Medical and sanitary report of the native army of Madras for the year
Year: 1876
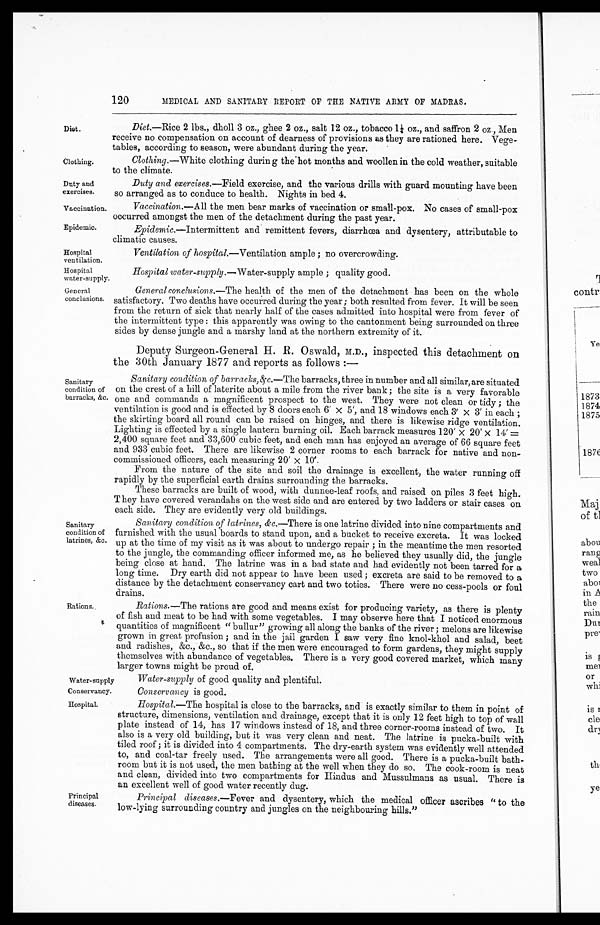
Clothing.
Duty and
exercises.
Vaccination.
Epidemic.
Hospital
ventilation.
Hospital
water-supply.
General
conclusions.
120
MEDICAL AND SANITARY REPORT OF THE NATIVE ARMY OF MADRAS.
Diet.
Diet.—Rice 2 lbs., dholl 3 oz., ghee 2 oz., salt 12 oz., tobacco 1¼ oz., and saffron 2 oz. Men
receive no compensation on account of dearness of provisions as they are rationed here. Vege
-tables, according to season, were abundant during the year.
Clothing. —White clothing durin g the hotmonths and woollen in the cold weather, suitable
to the climate.
Duty and exercises.—Field exercise, and the various drills with guard mounting have been
so arranged as to conduce to health. Nights in bed 4.
Vaccination.— All the men bear marks of vaccination or small-pox. No cases of small-pox
occurred amongst the men of the detachment during the past year.
Epidemic. —Intermittent and remittent fevers, diarrhœa and dysentery, attributable to
climatic causes.
Ventilation of hospital. —Ventilation ample; no overcrowding.
Sanitary
condition of
barracks, &c.
Sanitary
condition of
latrines, &c.
Hospital water-supply. —Water-supply ample; quality good.
General conclusions.— The health of the men of the detachment has been on the whole
satisfactory. Two deaths have occurred during the year; both resulted from fever. It will be seen
from the return of sick that nearly half of the cases admitted into hospital were from fever of
the intermittent type: this apparently was owing to the cantonment being surrounded on three
sides by dense jungle and a marshy land at the northern extremity of it.
Deputy Surgeon-General H. R. Oswald, M.D., inspected this detachment on
the 30th January 1877 and reports as follows :—
Sanitary condition of barracks, & c.—The barracks, three in number and all similar, are situated
on the crest of a hill of laterite about a mile from the river bank; the site is a very favorable
one and commands a magnificent prospect to the west. They were not clean or tidy; the
ventilation is good and is effected by 8 doors each 6' x 5', and 18 windows each 3' x 3' in each;
the skirting board all round can be raised on hinges, and there is likewise ridge ventilation.
Lighting is effected by a single lantern burning oil. Each barrack measures 120' x 20' x 14' =
2,400 square feet and 33,600 cubic feet, and each man has enjoyed an average of 66 square feet
and 933 cubic feet. There are likewise 2 corner rooms to each barrack for native and non-
-commissioned officers, each measuring 20' x 10'.
From the nature of the site and soil the drainage is excellent, the water running off
rapidly by the superficial earth drains surrounding the barracks.
These barracks are built of wood, with dunnee-leaf roofs, and raised on piles 3 feet high.
They have covered verandahs on the west side and are entered by two ladders or stair cases on
each side. They are evidently very old buildings.
Sanitary condition of latrines, &c.—There is one latrine divided into nine compartments and
furnished with the usual boards to stand upon, and a bucket to receive excreta. It was locked
up at the time of my visit as it was about to undergo repair; in the meantime the men resorted
to the jungle, the commanding officer informed me, as he believed they usually did, the jungle
being close at hand. The latrine was in a bad state and had evidently not been tarred for a
long time. Dry earth did not appear to have been used; excreta are said to be removed to a
distance by the detachment conservancy cart and two toties. There were no cess-pools or foul
drains.
Rations..
Rations.— The rations are good and means exist for producing variety, as there is plenty
of fish and meat to be had with some vegetables. I may observe here that I noticed enormous
quantities of magnificent "bullur" growing all along the banks of the river; melons are likewise
grown in great profusion; and in the jail garden I saw very fine knol-khol and salad, beet
and radishes, &c., &c. so that if the men were encouraged to form gardens, they might supply
themselves with abundance of vegetables. There is a very good covered market, which many
larger towns might be proud of.
Water-supply
Conservancy.
Water-supply of good quality and plentiful.
Conservancy is good.
Hospital.
Principal
diseases.
Hospital.— The hospital is close to the barracks, and is exactly similar to them in point of
structure, dimensions, ventilation and drainage, except that it is only 12 feet high to top of wall
plate instead of 14, has 17 windows instead of 18, and three corner-rooms instead of two. It
also is a very old building, but it was very clean and neat. The latrine is pucka-built with
tiled roof; it is divided into 4 compartments. The dry-earth system was evidently well attended
to, and coal-tar freely used. The arrangements were all good. There is a pucka-built bath-
-room but it is not used, the men bathing at the well when they do so. The cook-room is neat
and clean, divided into two compartments for Hindus and Mussulmans as usual. There is
an excellent well of good water recently dug.
Principal diseases.—Fever and dysentery, which the medical officer ascribes "to the
low-lying surrounding country and jungles on the neighbouring hills."